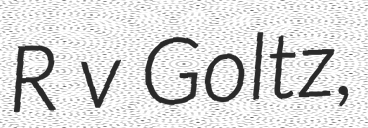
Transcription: R v Goltz,